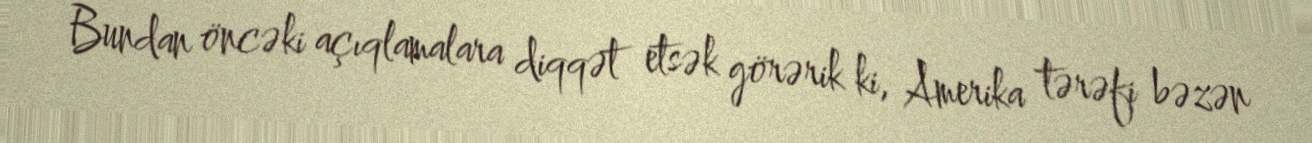
Bundan öncəki açıqlamalara diqqət etsək görərik ki, Amerika tərəfi bəzən